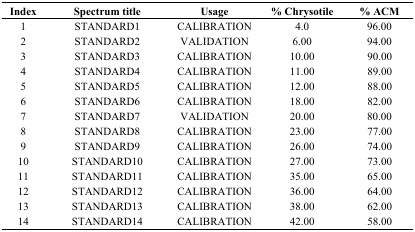
| Index | Spectrum title | Usage | % Chrysotile | % ACM |
 | --- | --- | --- | --- | --- |
 | 1 | STANDARD1 | CALIBRATION | 4.0 | 96.00 |
 | 2 | STANDARD2 | VALIDATION | 6.00 | 94.00 |
 | 3 | STANDARD3 | CALIBRATION | 10.00 | 90.00 |
 | 4 | STANDARD4 | CALIBRATION | 11.00 | 89.00 |
 | 5 | STANDARD5 | CALIBRATION | 12.00 | 88.00 |
 | 6 | STANDARD6 | CALIBRATION | 18.00 | 82.00 |
 | 7 | STANDARD7 | VALIDATION | 20.00 | 80.00 |
 | 8 | STANDARD8 | CALIBRATION | 23.00 | 77.00 |
 | 9 | STANDARD9 | CALIBRATION | 26.00 | 74.00 |
 | 10 | STANDARD10 | CALIBRATION | 27.00 | 73.00 |
 | 11 | STANDARD11 | CALIBRATION | 35.00 | 65.00 |
 | 12 | STANDARD12 | CALIBRATION | 36.00 | 64.00 |
 | 13 | STANDARD13 | CALIBRATION | 38.00 | 62.00 |
 | 14 | STANDARD14 | CALIBRATION | 42.00 | 58.00 |